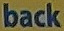
back